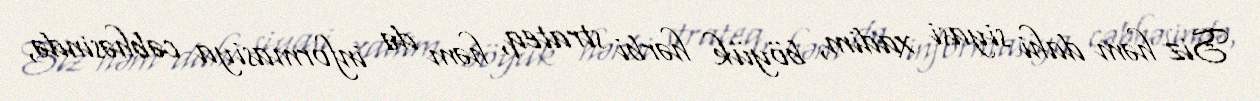
Siz həm dahi siyasi xadim, böyük hərbi strateq, həm də informasiya cəbhəsində,